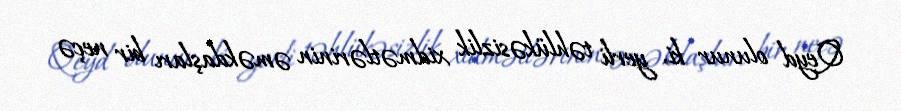
Qeyd olunur ki, yerli təhlükəsizlik xidmətlərinin əməkdaşları bir neçə